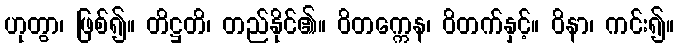
ဟုတွာ၊ ဖြစ်၍။ တိဋ္ဌတိ၊ တည်နိုင်၏။ ဝိတက္ကေန၊ ဝိတက်နှင့်။ ဝိနာ၊ ကင်း၍။